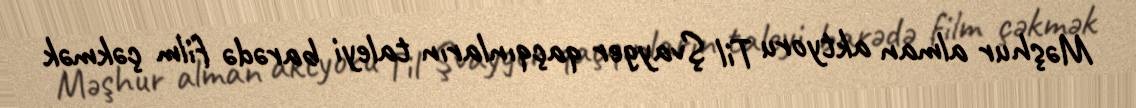
Məşhur alman aktyoru Til Şvayger qaçqınların taleyi barədə film çəkmək